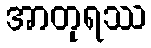
အာတုရဿ